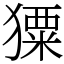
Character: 𤢂